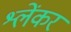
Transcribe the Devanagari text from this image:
श्लेंकर